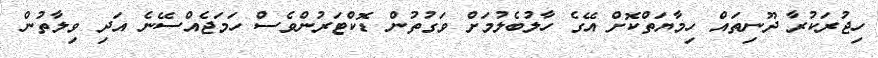
ހިޖުރަކުރާ ދޫނިތައް ހިމާޔަތްކޮށް އޭގެ ހާލުބެލުމަށް ވަގުތުން ޑޮކްޓަރުންވެސް ހަމަޖެއްސޭނެ އަދި ވިލާތުން